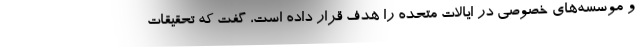
و موسسه‌های خصوصی در ایالات متحده را هدف قرار داده است، گفت که تحقیقات